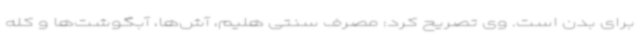
برای بدن است. وی تصریح کرد: مصرف سنتی هلیم، آش‌ها، آبگوشت‌ها و کله